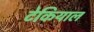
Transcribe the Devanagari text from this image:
टेकियाल